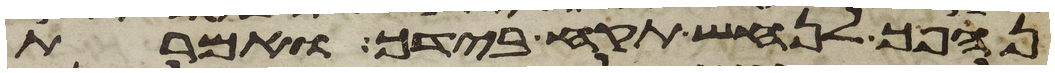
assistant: נהפך לנחש תקח בידך ואמרת